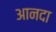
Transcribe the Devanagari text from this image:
आनदा